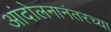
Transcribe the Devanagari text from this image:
आंदोलनानंतरच्या